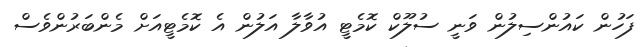
ފަހުން ކައުންސިލުން ވަނީ ސުލޫކް ކޮމެޓީ އުވާލާ އަލުން އެ ކޮމެޓީއަށް މެންބަރުންވެސް